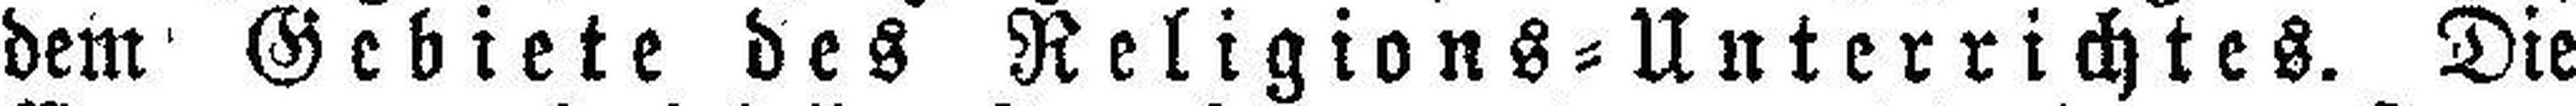
dem Gebiete des Religions=Unterrichtes. Die